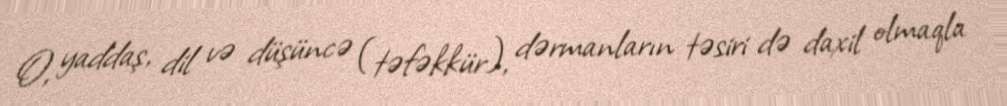
O, yaddaş, dil və düşüncə (təfəkkür), dərmanların təsiri də daxil olmaqla